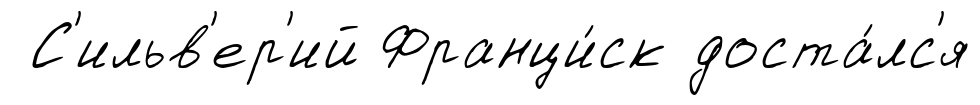
С'ильв'ер'ий Франци́ск доста́лс'я